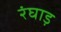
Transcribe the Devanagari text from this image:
रंघाड़